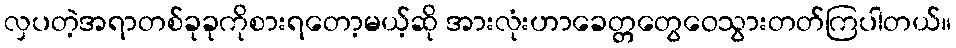
လှပတဲ့အရာတစ်ခုခုကိုစားရတော့မယ့်ဆို အားလုံးဟာခေတ္တတွေဝေသွားတတ်ကြပါတယ်။